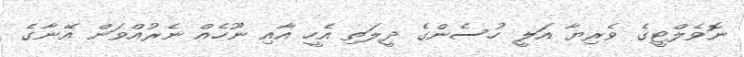
ނޮވެލްޓީގެ ވެރިޔާ އަލީ ހުސެންގެ ދީލަތި އެހީ އާއި ނޫހެއް ނެރުއްވަން އޭނާގެ